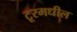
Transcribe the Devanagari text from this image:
टूरमधील